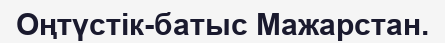
Оңтүстік-батыс Мажарстан.